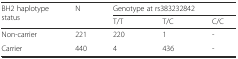
| <ROWSPAN=2> BH2 haplotype status | <ROWSPAN=2> N | <COLSPAN=3> Genotype at rs383232842 |
 | T/T | T/C | C/C |
 | --- | --- | --- | --- | --- |
 | Non-carrier | 221 | 220 | 1 | - |
 | Carrier | 440 | 4 | 436 | - |